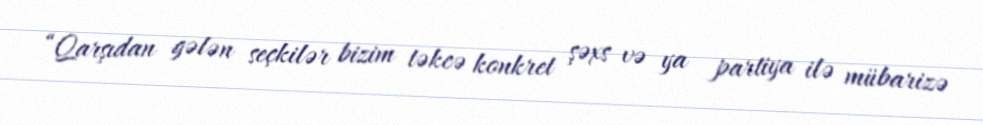
“Qarşıdan gələn seçkilər bizim təkcə konkret şəxs və ya partiya ilə mübarizə